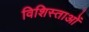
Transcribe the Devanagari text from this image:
विशिस्ताओं